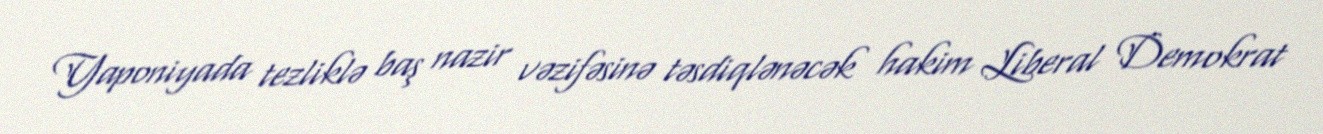
Yaponiyada tezliklə baş nazir vəzifəsinə təsdiqlənəcək hakim Liberal Demokrat